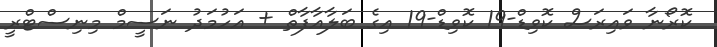
ކޮރޯނާ ވައިރަސް ކޮވިޑް-19 ކޮވިޑް-19 އިގެ ބަލާއާފާތް + އަހުމަދު ނަސީމް މިނިސްޓްރީ